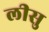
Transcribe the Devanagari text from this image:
लीसु